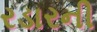
રડારની